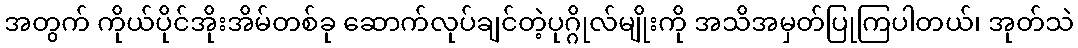
အတွက် ကိုယ်ပိုင်အိုးအိမ်တစ်ခု ဆောက်လုပ်ချင်တဲ့ပုဂ္ဂိုလ်မျိုးကို အသိအမှတ်ပြုကြပါတယ်၊ အုတ်သဲ